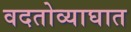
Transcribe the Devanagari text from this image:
वदतोव्याघात